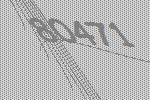
80471